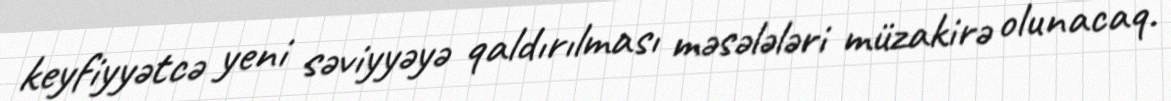
keyfiyyətcə yeni səviyyəyə qaldırılması məsələləri müzakirə olunacaq.